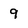
Character: 9